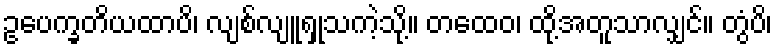
ဥပေက္ခတိယထာပိ၊ လျစ်လျူရှုသကဲ့သို့။ တထေဝ၊ ထို့အတူသာလျှင်။ တွံပိ၊